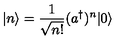
| n \rangle = \frac { 1 } { \sqrt { n ! } } ( a ^ { \dagger } ) ^ { n } | 0 \rangle